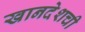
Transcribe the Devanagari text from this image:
खानदेशची